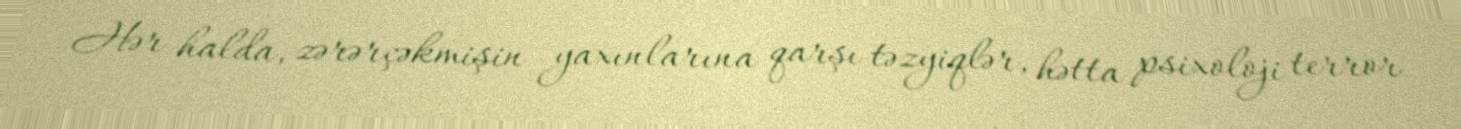
Hər halda, zərərçəkmişin yaxınlarına qarşı təzyiqlər, hətta psixoloji terror